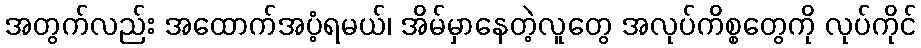
အတွက်လည်း အထောက်အပံ့ရမယ်၊ အိမ်မှာနေတဲ့လူတွေ အလုပ်ကိစ္စတွေကို လုပ်ကိုင်